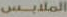
الملابس